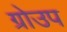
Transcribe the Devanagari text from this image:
ग्रोउप